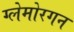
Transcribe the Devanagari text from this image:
ग्लेमोरगन